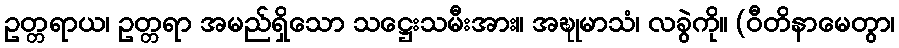
ဥတ္တရာယ၊ ဥတ္တရာ အမည်ရှိသော သဋ္ဌေးသမီးအား။ အဍ္ဎုမာသံ၊ လခွဲကို။ (ဝီတိနာမေတွာ၊